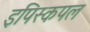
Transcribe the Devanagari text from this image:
इपिस्कपल